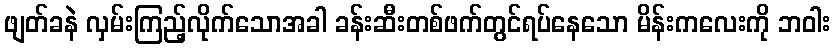
ဖျတ်ခနဲ လှမ်းကြည့်လိုက်သောအခါ ခန်းဆီးတစ်ဖက်တွင်ရပ်နေသော မိန်းကလေးကို ဘဝါး